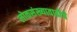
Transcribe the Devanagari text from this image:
लोकसंख्यावाढीचे